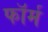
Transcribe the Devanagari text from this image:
फाॅर्म